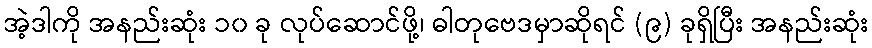
အဲ့ဒါကို အနည်းဆုံး ၁၀ ခု လုပ်ဆောင်ဖို့၊ ဓါတုဗေဒမှာဆိုရင် (၉) ခုရှိပြီး အနည်းဆုံး